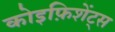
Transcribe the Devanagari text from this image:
कोइफ़िशेंट्स